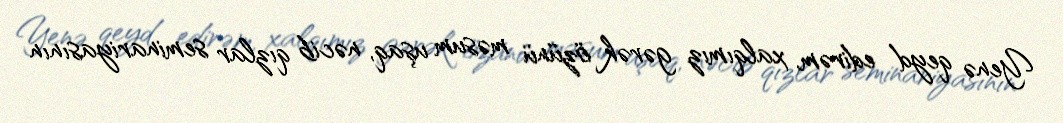
Yenə qeyd edirəm, xalqımız gərək özünü məsum uşaq, nəcib qızlar seminariyasının